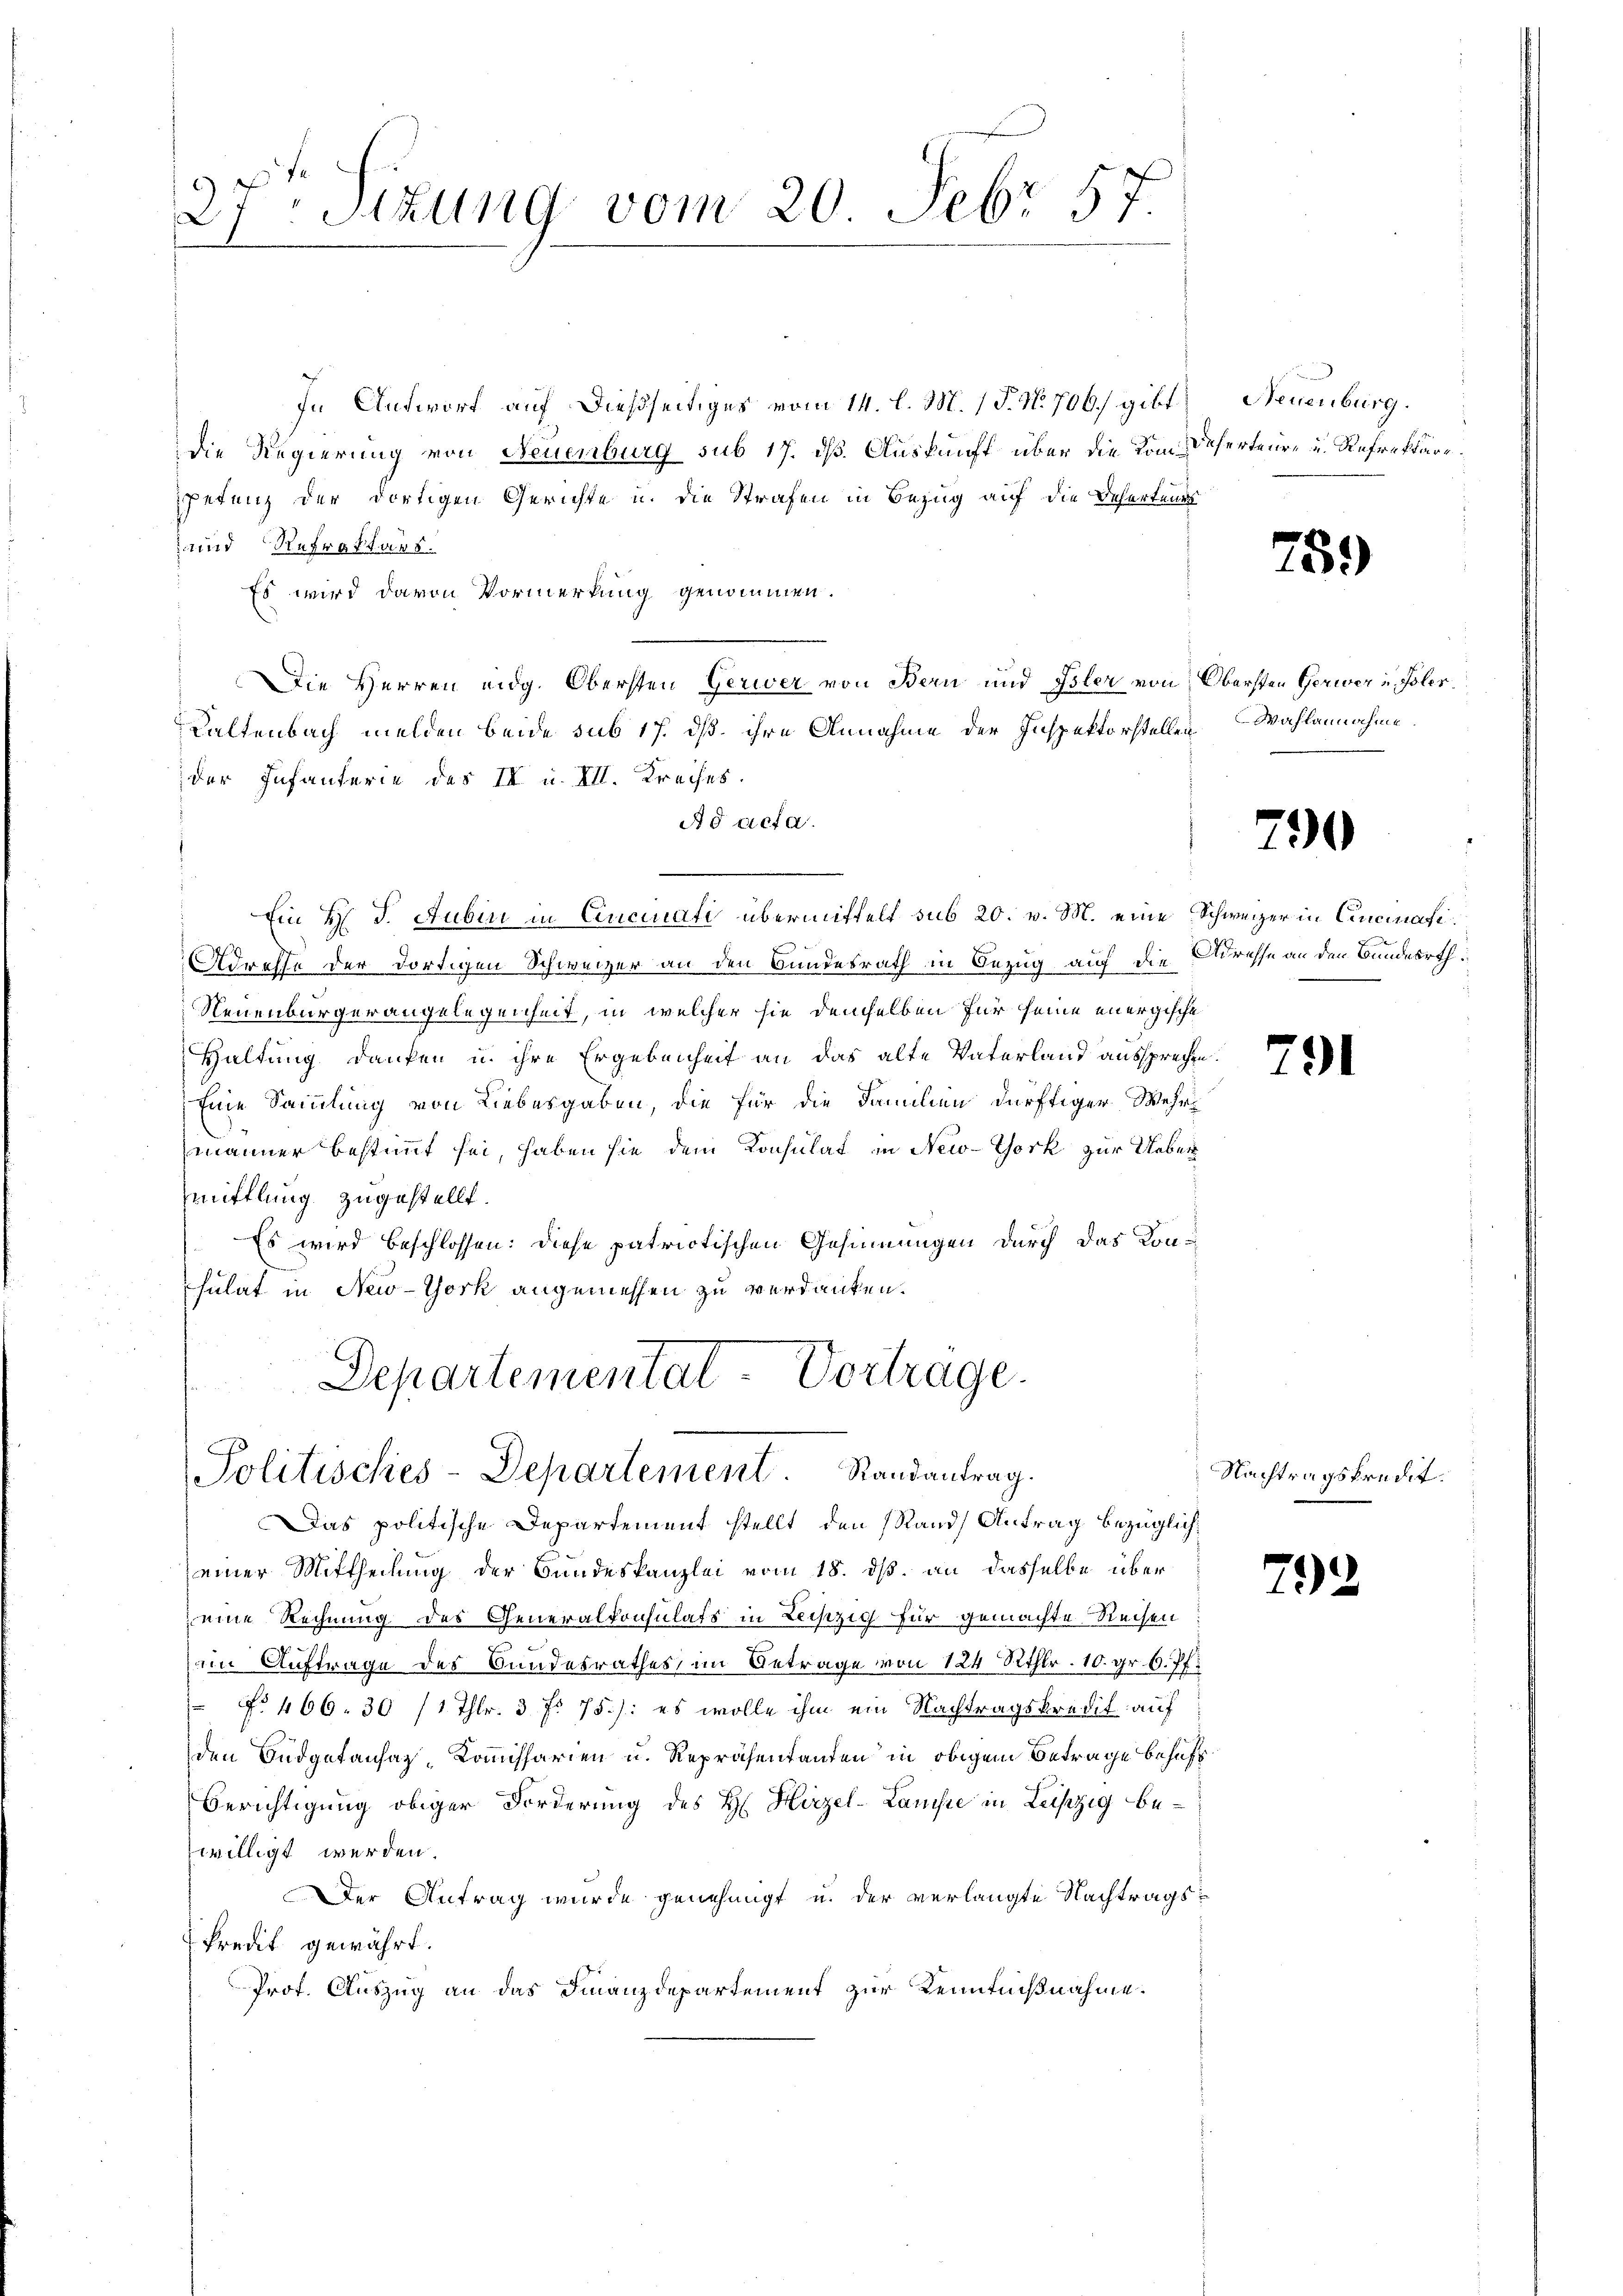
In Antwort auf dießseitiges vom 14. l. M. 1 P. N. 706, gibt.
die Regierung von Neuenburg sub 17. ds. Auskunft über die Kom-Daherteure u. Refrekäre.
petenz der dortigen Gerichte u. die Strafen in Bezug auf die Behartens
land Refraktars.
Es wird davon Vormerkung genommen.
Die Herren eidg. Obersten Gerwer von Bern und Isler von Obersten Gerwer u Toler
Kaltenbach melden beide sub 17. dß. ihre Annahme der Inspektorstellen
der Infanterie des IV u. VII. Kreises.
Ad acta.
Ein H. J. Rubin in Cincinati übermittelt sub 20. v. M. eine Schweizer in Cincinati¬
Adresse der dortigen Schweizer an den Bundesrath in Bezug auf die Adresse an den Bundesrth.
Neuenburgerangelegenheit, in welcher sie demselben für seine energische
Haltung danken u. ihre Ergebenheit an das alte Vaterland aussprechen
Eine Sammlung von Liebesgaben, die für die Familien dürftiger Wehrmänner bestimmt sei, haben sie dem Konsulat in New-York zur Ueber
mittlung zugestellt.
Es wird beschlossen: diese patriotischen Gesinnungen durch das Konsulat in New-York angemessen zu verdanken.
Departementat Vortrage.

27. Sitzung vom 20. Febr 17

Politisches-Departement Randantrag.
Das politische Departement stellt den Rand Antrag bezüglich:

seiner Mittheilung der Bundeskanzlei vom 18. ds. an dasselbe über
eine Rechnung des Generalkonsulats in Leiszig für gemachte Rechen
im Auftrage des Bundesrathes, im Betrage von 124 Rthlr. 10. gr. 6. Pf.
 No 466. 30 /1 Thlr. 3 fr. 75.): es wolle ihm ein Nachtragskredit auf
den Budgetansaz-Kommissarien u. Repräsentanten in obigem Betrage behuft¬
Berichtigung obiger Forderung des H. Hirzel-Lanisie in Leipzig bewilligt werden.
Der Antrag wurde genehmigt u. der verlangte Nachtragskredit gewährt.
Prot. Auszug an das Finanzdepartement zur Kenntnißnahme.

Neuenburg.

759

Wahlannahme.

290

.

791

Nachtragskredit.

792